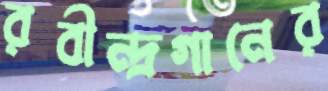
রবীন্দ্রগানের